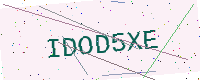
Text: IDOD5XE